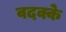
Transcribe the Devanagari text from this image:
वदक्के